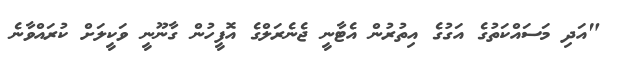
"އަދި މަސައްކަތުގެ އަގުގެ އިތުރުން އެޓާނީ ޖެނެރަލްގެ އޮފީހުން ގާނޫނީ ވަކީލަށް ކުރައްވާނެ